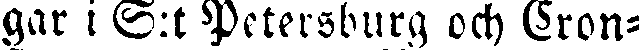
gar i S:t Petersburg och Cron-